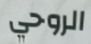
الروحي